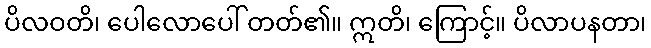
ပိလဝတိ၊ ပေါလောပေါ် တတ်၏။ ဣတိ၊ ကြောင့်။ ပိလာပနတာ၊